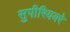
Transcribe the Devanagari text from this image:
सुपीरिययरे